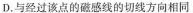
D.与经过该点的磁感线的切线方向相同